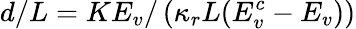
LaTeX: d/L=KE_{v}/\left(\kappa_{r}L(E_{v}^{c}-E_{v})\right)